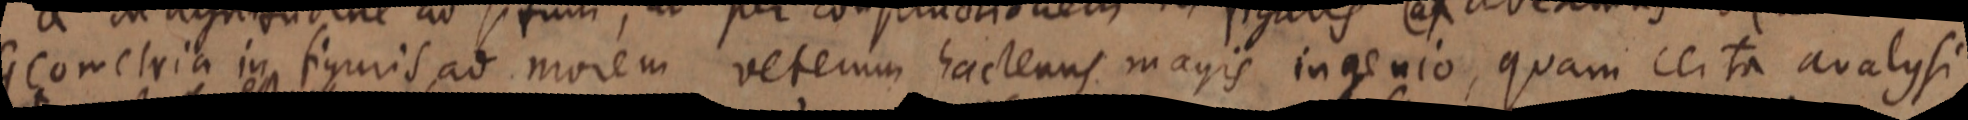
Geometria in figuris ad morem veterum hactenus magis ingenio, quam certa analysi